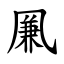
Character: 凲